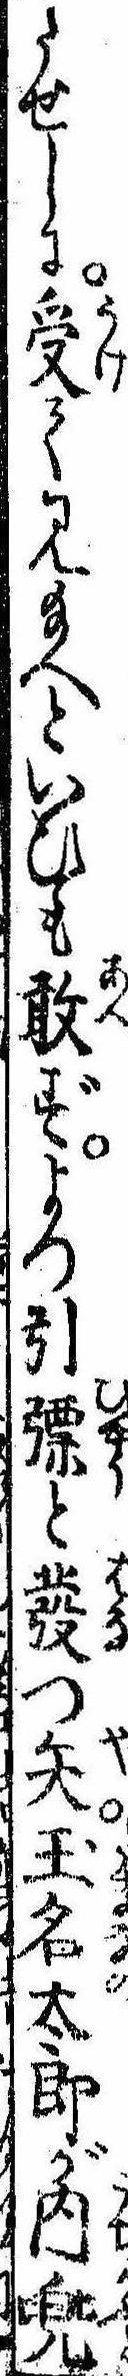
たせしに受て見給へといひも敢ずよつ引と発つ矢玉名太郎が内兜